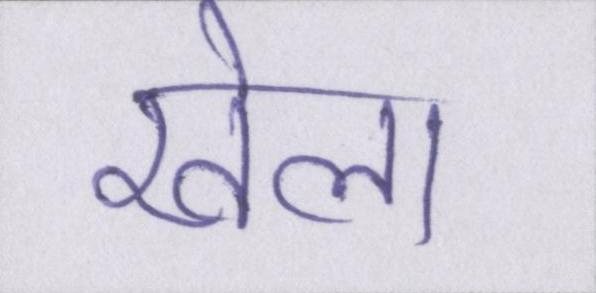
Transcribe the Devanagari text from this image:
खेला